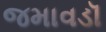
જમાવડૉ